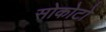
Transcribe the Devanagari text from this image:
सोकोटो